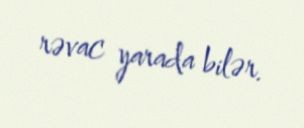
rəvac yarada bilər.